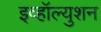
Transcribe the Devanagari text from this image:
इव्हॉल्युशन